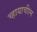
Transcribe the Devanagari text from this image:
च्हायाचीत्न